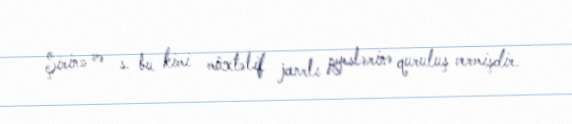
Şirin» və s. bu kimi müxtəlif janrlı pyeslərinə quruluş vermişdir.